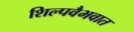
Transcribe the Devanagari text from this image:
शिल्पवैभवात